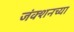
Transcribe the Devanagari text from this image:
जंक्शनच्या